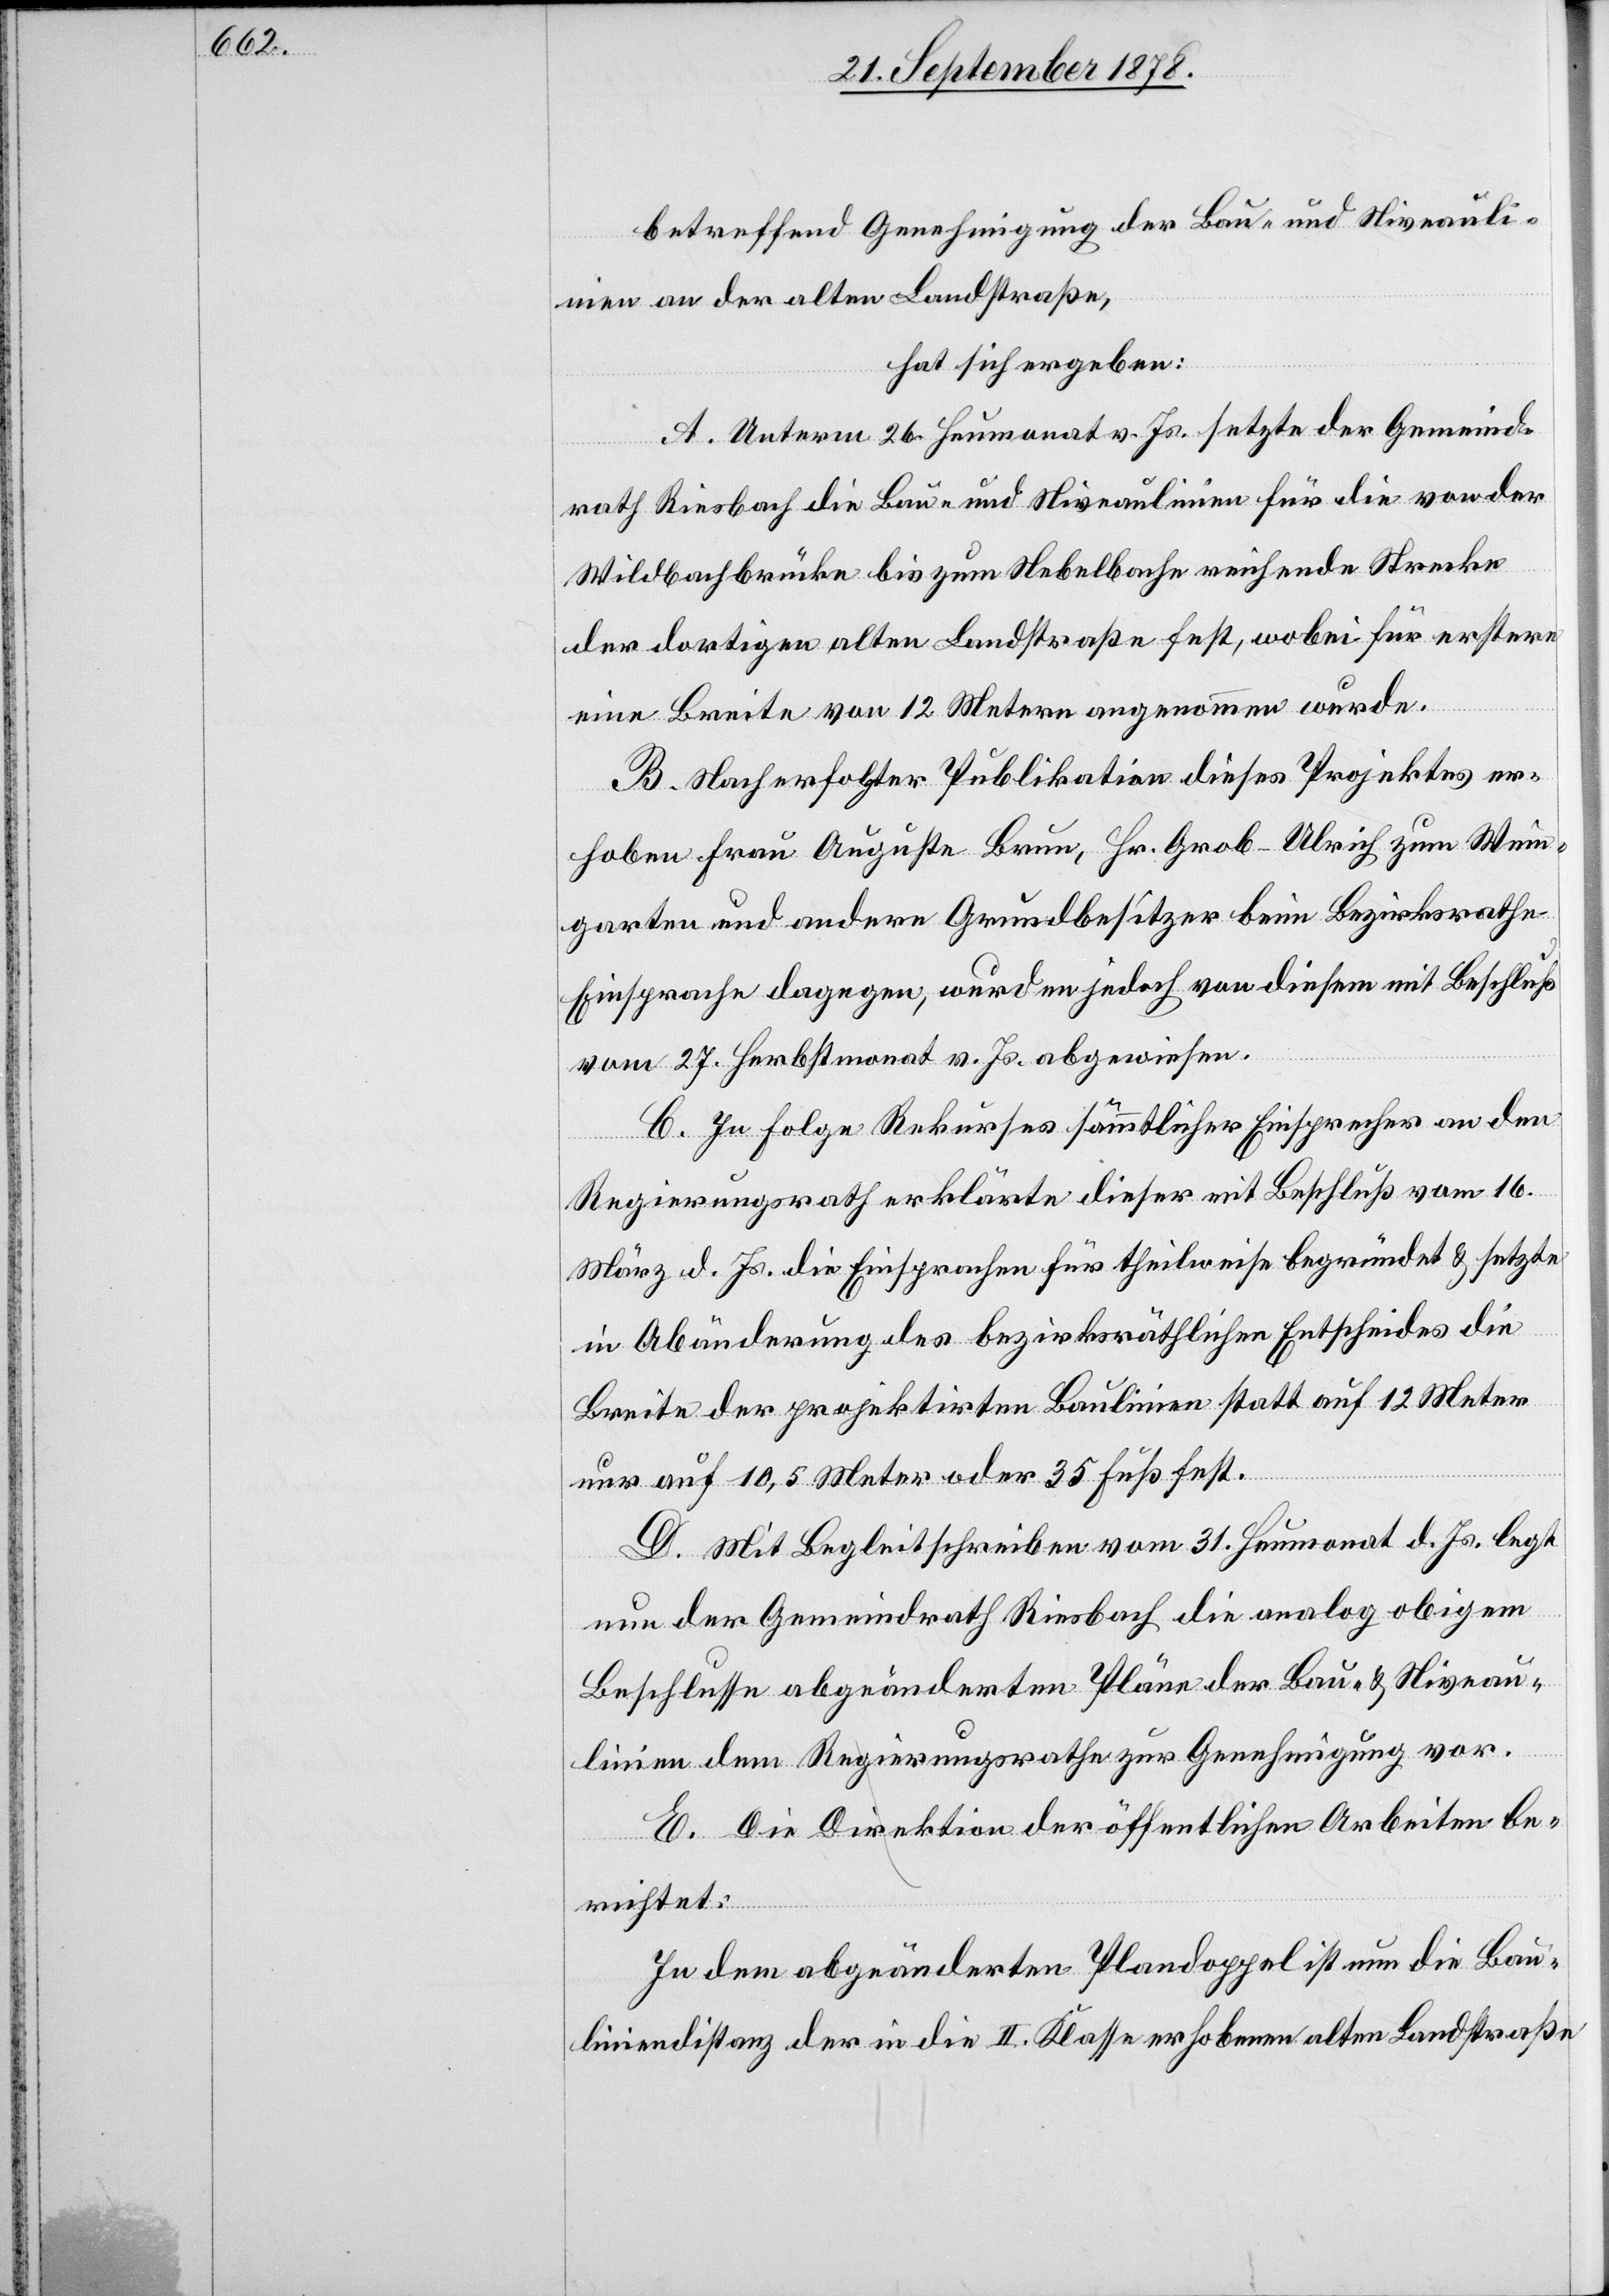
betreffend Genehmigung der Bau- und Niveauli¬
nien an der alten Landstraße,
hat sich ergeben:
A. Unterm 26. Heumonat v. Js. setzte der Gemeind¬
rath Riesbach die Bau- und Niveaulinien für die von der
Wildbachbrücke bis zum Nebelbache reichende Strecke
der dortigen alten Landstraße fest, wobei für erstere
eine Breite von 12 Metern angenommen wurde.
B. Nach erfolgter Publikation dieses Projektes er¬
hoben Frau Augusta Brun, Hr. Grob-Ulrich zum Wein¬
garten und andere Grundbesitzer beim Bezirksrathe
Einsprache dagegen, wurden jedoch von diesem mit Beschluß
vom 27. Herbstmonat v. Js. abgewiesen.
C. In Folge Rekurses sämmtlicher Einsprecher an den
Regierungsrath erklärte dieser mit Beschluß vom 16.
März d. Js. die Einsprachen für theilweise begründet & setzte
in Abänderung des bezirksräthlichen Entscheides die
Breite der projektirten Baulinien statt auf 12 Meter
nur auf 10,5 Meter oder 35 Fuß fest.
D. Mit Begleitschreiben vom 31. Heumonat d. Js. legt
nun der Gemeindrath Riesbach die analog obigem
Beschlusse abgeänderten Pläne der Bau- & Niveau¬
linien dem Regierungsrathe zur Genehmigung vor.
E. Die Direktion der öffentlichen Arbeiten be¬
richtet:
In dem abgeänderten Plandoppel ist nun die Bau¬
liniendistanz der in die II. Klasse erhobenen alten Landstraße